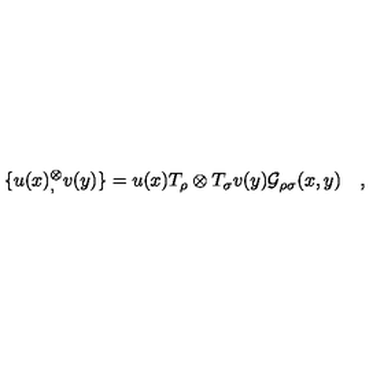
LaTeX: \{ u ( x ) { } _ { , } ^ { \otimes } v ( y ) \} = u ( x ) T _ { \rho } \otimes T _ { \sigma } v ( y ) { \cal G } _ { \rho \sigma } ( x , y ) \quad ,